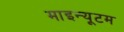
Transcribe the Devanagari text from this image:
माइन्यूटम